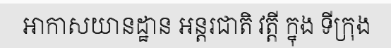
អាកាសយានដ្ឋាន អន្តរជាតិ វត្តី ក្នុង ទីក្រុង